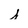
Character: s